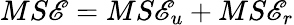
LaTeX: MS\mathscr{E}=MS\mathscr{E}_{u}+MS\mathscr{E}_{r}